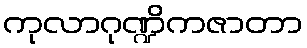
ကုလာဂုဏ္ဍိကဇာတာ